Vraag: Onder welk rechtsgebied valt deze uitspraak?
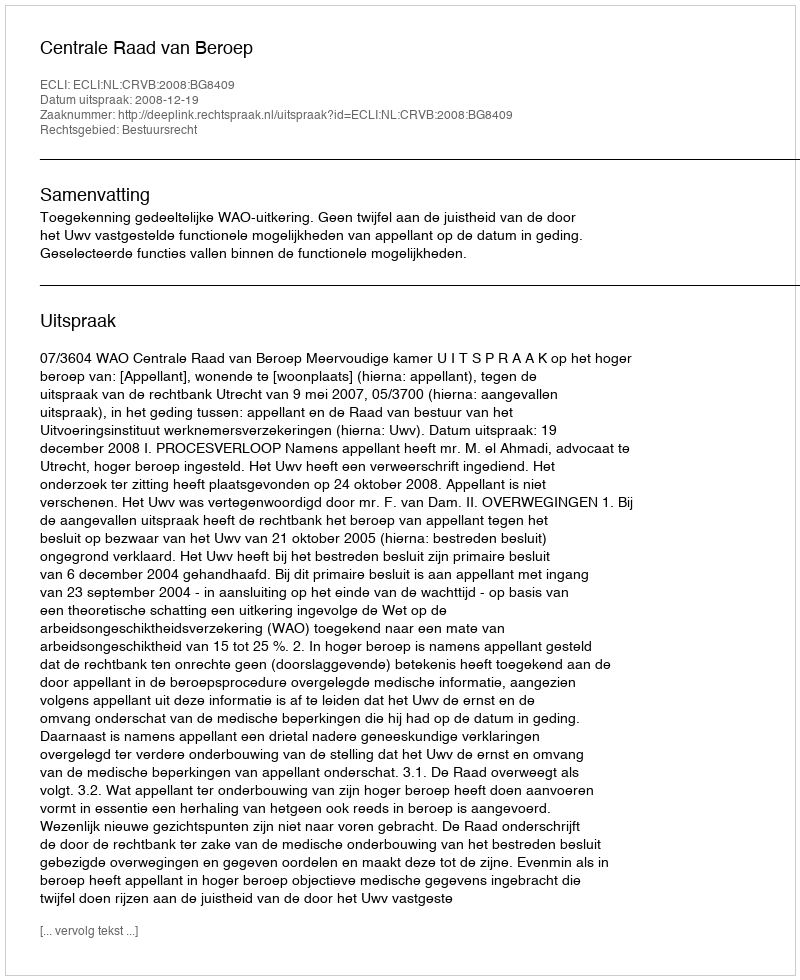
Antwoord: Bestuursrecht